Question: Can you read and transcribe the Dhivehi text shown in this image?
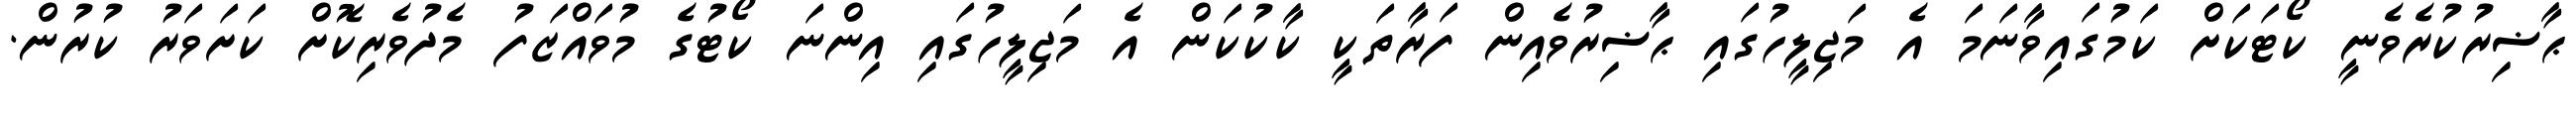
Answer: ޙާޟިރުކުރެވެނީ ކޯޓަކަށް ކަމުގައިވާނަމަ އެ މަޖިލީހުގައި ޙާޟިރުވެއިން ފަރާތަކީ ކާކުކަން އެ މަޖިލީހުގައި އިންނަ ކޯޓުގެ މުވައްޒަފު މެދުވެރިކޮށް ކަށަވަރު ކުރުން.